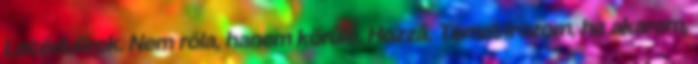
Lecédulírok. Nem róla, hanem körüle. Hozzá. Tematírozom, ha akarom,